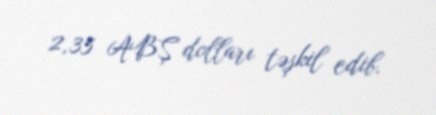
2,35 ABŞ dolları təşkil edib.